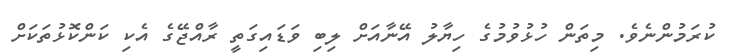
ކުރަމުންނެވެ. މިތަން ހުޅުވުމުގެ ހިޔާލު އޭނާއަށް ލިބި ވަޑައިގަތީ ރާއްޖޭގެ އެކި ކަންކޮޅުތަކަށް